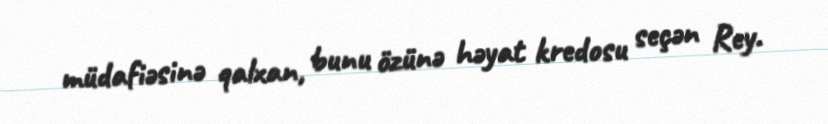
müdafiəsinə qalxan, bunu özünə həyat kredosu seçən Rey.